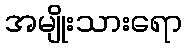
အမျိုးသားရော